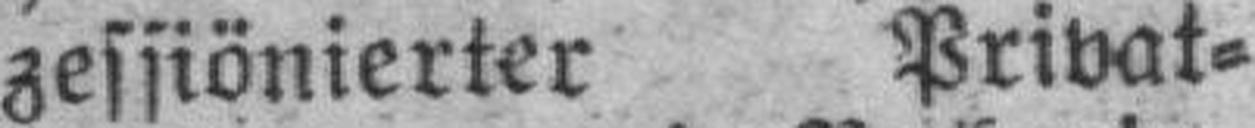
zessiönierter Privat¬